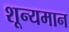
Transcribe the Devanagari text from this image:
शून्यमान